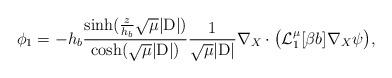
LaTeX: \begin{align*} \phi_1 = -h_b\frac{\sinh(\frac{z}{h_b}\sqrt{\mu}|\mathrm{D}|)}{\cosh(\sqrt{\mu}|\mathrm{D}|)}\frac{1}{\sqrt{\mu}|\mathrm{D}|}\nabla_X \cdot \big(\mathcal{L}_{1}^{\mu}[\beta b]\nabla_X\psi\big{)}, \end{align*}